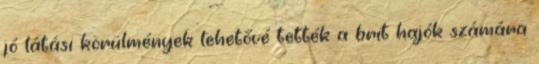
jó látási körülmények lehetővé tették a brit hajók számára